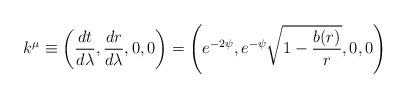
LaTeX: \begin{align*}k^{\mu} \equiv \left (\frac{dt}{d\lambda}, \frac{dr}{d\lambda}, 0, 0\right ) = \left ( e^{-2\psi}, e^{-\psi}\sqrt{1-\frac{b(r)}{r}}, 0, 0\right )\end{align*}